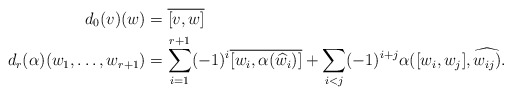
\begin{align*} d_0(v)(w)&=\overline{[v,w]} \\ d_r(\alpha)(w_1,\dots,w_{r+1})&= \sum_{i=1}^{r+1} (-1)^i \overline{[w_i,\alpha(\widehat{w_i})]} + \sum_{i<j}(-1)^{i+j}\alpha([w_i,w_j],\widehat{w_{ij})}. \end{align*}